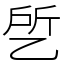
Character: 乺